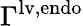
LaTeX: \Gamma^{\mathrm{{lv,endo}}}